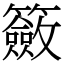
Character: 籢